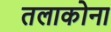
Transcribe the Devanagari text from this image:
तलाकोना